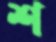
শ